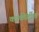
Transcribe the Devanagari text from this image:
करकीर्दीत